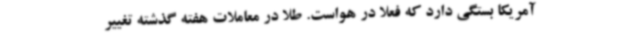
آمریکا بستگی دارد که فعلا در هواست. طلا در معاملات هفته گذشته تغییر